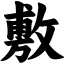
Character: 敷